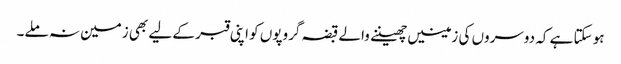
ہو سکتا ہے کہ دوسروں کی زمینیں چھیننے والے قبضہ گروپوں کو اپنی قبر کے لیے بھی زمین نہ ملے۔